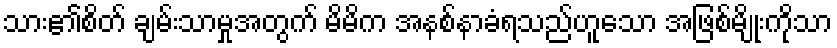
သား၏စိတ် ချမ်းသာမှုအတွက် မိမိက အနစ်နာခံရသည်ဟူသော အဖြစ်မျိုးကိုသာ